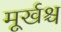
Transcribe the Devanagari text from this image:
मूर्खश्च